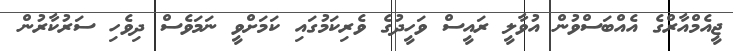
ޖީއެމްއާރްގެ އެއްބަސްވުން އުވާލީ ރައީސް ވަހީދުގެ ވެރިކަމުގައި ކަމަށްވީ ނަމަވެސް ދިވެހި ސަރުކާރުން